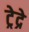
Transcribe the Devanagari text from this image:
ट्रेद्रे